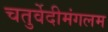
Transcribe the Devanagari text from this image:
चतुर्वेदीमंगलम